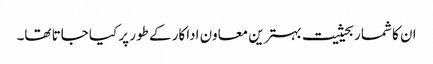
ان کا شمار بحیثیت بہترین معاون اداکار کے طور پر کیا جاتا تھا۔